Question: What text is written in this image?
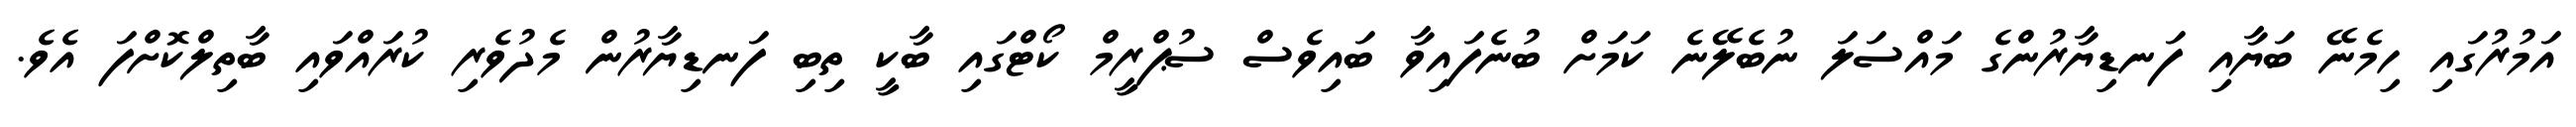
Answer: އަމުރުގައި ހިމެނޭ ބަޔާއި ފަނޑިޔާރުންގެ މައްސަލަ ނުބެލޭނެ ކަމަށް ބުނެފައިވާ ބައިވެސް ސުޕްރީމް ކޯޓްގައި ބާކީ ތިބި ފަނޑިޔާރުން މެދުވެރި ކުރައްވައި ބާތިލްކޮށްފަ އެވެ.